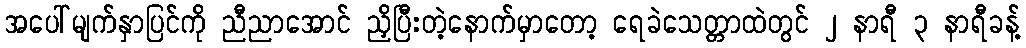
အပေါ်မျက်နှာပြင်ကို ညီညာအောင် ညှိပြီးတဲ့နောက်မှာတော့ ရေခဲသေတ္တာထဲတွင် ၂ နာရီ ၃ နာရီခန့်